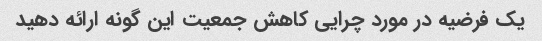
یک فرضیه در مورد چرایی کاهش جمعیت این گونه ارائه دهید